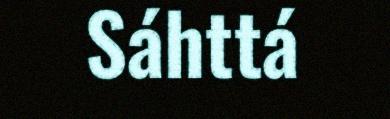
Sáhttá